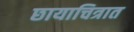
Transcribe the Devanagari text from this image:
छायाचित्रात